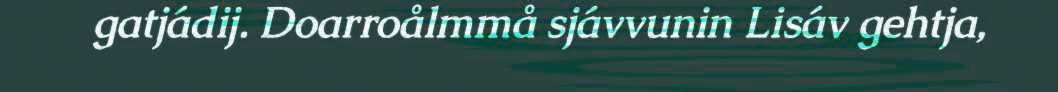
gatjádij. Doarroålmmå sjávvunin Lisáv gehtja,